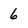
Character: 6